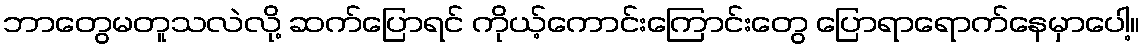
ဘာတွေမတူသလဲလို့ ဆက်ပြောရင် ကိုယ့်ကောင်းကြောင်းတွေ ပြောရာရောက်နေမှာပေါ့။